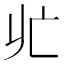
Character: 𪜡